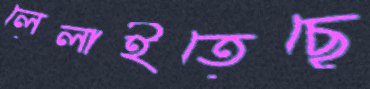
লেলাইতেছে